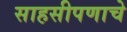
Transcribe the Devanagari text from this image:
साहसीपणाचे